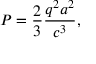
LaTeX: P = { \frac { 2 } { 3 } } { \frac { q ^ { 2 } a ^ { 2 } } { c ^ { 3 } } } ,